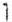
1